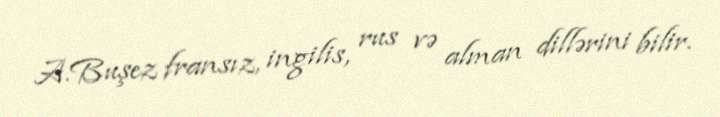
A.Buşez fransız, ingilis, rus və alman dillərini bilir.